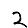
Digit: 2